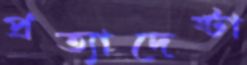
প্রত্যাদেষ্টা